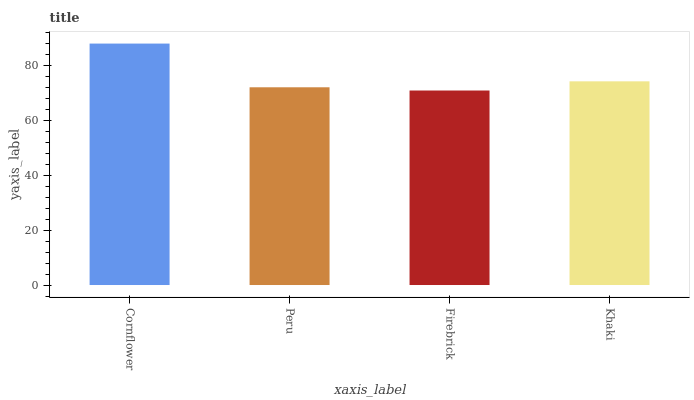
| xaxis_label | bars |
 | --- | --- |
 | Cornflower | 87.8 |
 | Peru | 71.9 |
 | Firebrick | 70.7 |
 | Khaki | 74.1 |